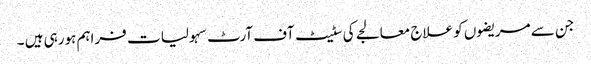
جن سے مریضوں کو علاج معالجے کی سٹیٹ آف آرٹ سہولیا ت فراہم ہورہی ہیں ۔